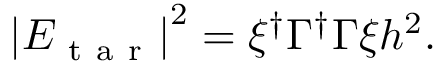
\begin{array} { r } { \left| E _ { \mathrm { ~ t ~ a ~ r ~ } } \right| ^ { 2 } = \xi ^ { \dagger } \Gamma ^ { \dagger } \Gamma \xi h ^ { 2 } . } \end{array}